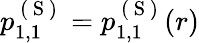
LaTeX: p_{1,1}^{\mathrm{~(~S~)~}}=p_{1,1}^{\mathrm{~(~S~)~}}(r)